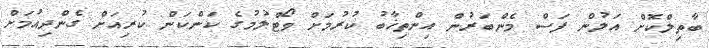
ބާތިލްކޮށް އަލުން ފަސް މެންބަރުން އިންތިޚާބު ކުރުމަށް ވޯޓްލުމުގެ ކަންކަން ކުރިއަށް ގެންދިއުމަށް